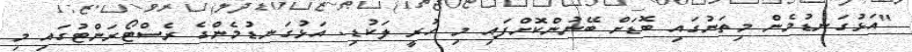
"އަޅުގަނޑުމެން މިތަނުގައި ބޮޑަށް ބޭނުންކޮށްފައި މި ހުރީ ލަކުޑި. އަޅުގަނޑުމެންގެ ރެސްޓޯރަންޓުގައި މި